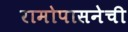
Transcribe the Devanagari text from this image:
रामोपासनेची